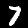
Label: 7